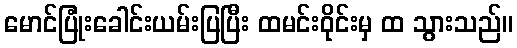
မောင်ပြုံးခေါင်းယမ်းပြပြီး ထမင်းဝိုင်းမှ ထ သွားသည်။